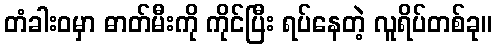
တံခါးဝမှာ ဓာတ်မီးကို ကိုင်ပြီး ရပ်နေတဲ့ လူရိပ်တစ်ခု။